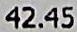
42.45